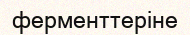
ферменттеріне